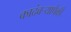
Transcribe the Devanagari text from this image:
कादंबऱ्यापैकी